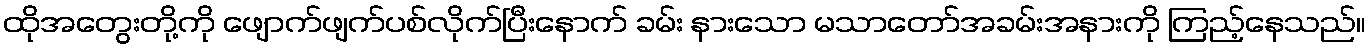
ထိုအတွေးတို့ကို ဖျောက်ဖျက်ပစ်လိုက်ပြီးနောက် ခမ်း နားသော မသာတော်အခမ်းအနားကို ကြည့်နေသည်။